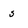
Character: s